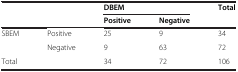
|  |  | <COLSPAN=2> DBEM | <ROWSPAN=2> Total |
 |  |  | Positive | Negative |
 | --- | --- | --- | --- | --- |
 | <ROWSPAN=2> SBEM | Positive | 25 | 9 | 34 |
 | Negative | 9 | 63 | 72 |
 | Total |  | 34 | 72 | 106 |